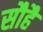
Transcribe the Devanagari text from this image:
सौहै